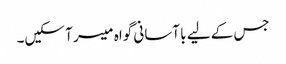
جس کے لیے با آسانی گواہ میسر آ سکیں۔